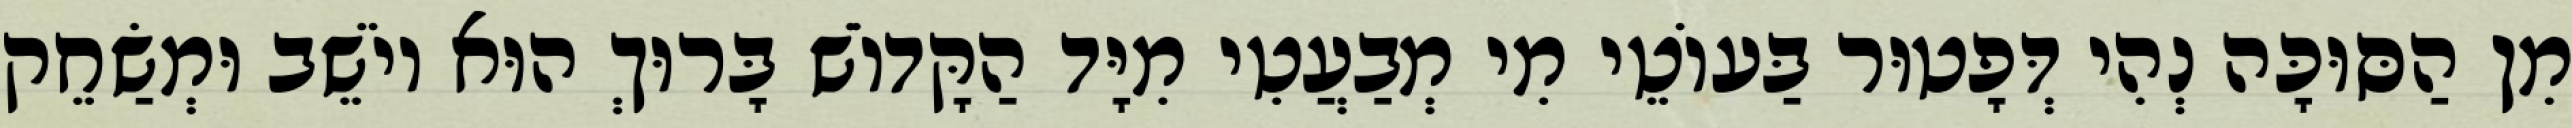
מִן הַסּוּכָּה נְהִי דְּפָטוּר בַּעוֹטֵי מִי מְבַעֲטִי מִיָּד הַקָּדוֹשׁ בָּרוּךְ הוּא יוֹשֵׁב וּמְשַׂחֵק